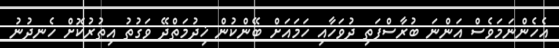
އެހެންނަމަވެސް އަންނަ ބުރާސްފަތި ދުވަހާއި ހަމައަށް ބޭންކުން ޚިދުމަތްދޭ ވަގުތު އިތުރުކޮށް ހެނދުނު